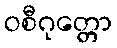
ဝစီဂုတ္တော